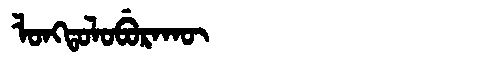
Manchu: ᠯᠣᠩᡨᠣᠯᠣᠪᡠᡵᠠᡴᡡ
Romanization: LONGTOLOBURAKŪ